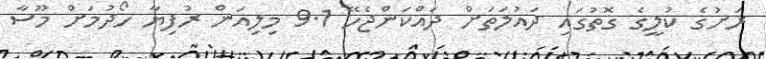
ރަށުގެ ކުލީގެ ގޮތުގައި ދައުލަތަށް ދައްކަންޖެހޭ 9.1 މިލިއަން ރުފިޔާ ހޯދުމަށް މޫސާ